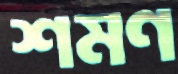
শমণ